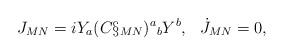
\begin{align*} J_{MN}=i Y_a (C\S_{MN})^a{}_b Y^b, \:\: \: \dot J_{MN}=0,\end{align*}